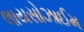
લાયસોઝાઈમ